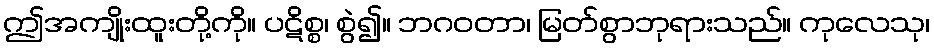
ဤအကျိုးထူးတို့ကို။ ပဋိစ္စ၊ စွဲ၍။ ဘဂဝတာ၊ မြတ်စွာဘုရားသည်။ ကုလေသု၊